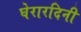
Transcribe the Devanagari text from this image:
घेरारदिनी